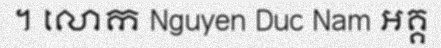
។ លោក Nguyen Duc Nam អគ្គ